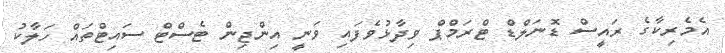
އެމެރިކާގެ ރައީސް ޑޮނަލްޑް ޓްރަމްޕް ވިދާޅުވެފައި ވަނީ އިންޖިން ޓެސްޓް ސައިޓްތައް ހަލާކު